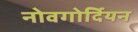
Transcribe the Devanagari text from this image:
नोवगोर्दियन